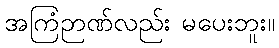
အကြံဉာဏ်လည်း မပေးဘူး။